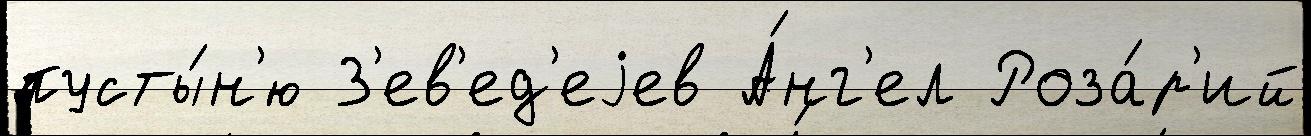
пусты́н'ю З'ев'ед'еjев А́нг'ел Роза́р'ий